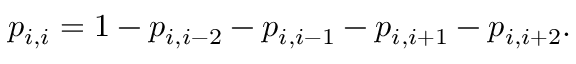
p _ { i , i } = 1 - p _ { i , i - 2 } - p _ { i , i - 1 } - p _ { i , i + 1 } - p _ { i , i + 2 } .